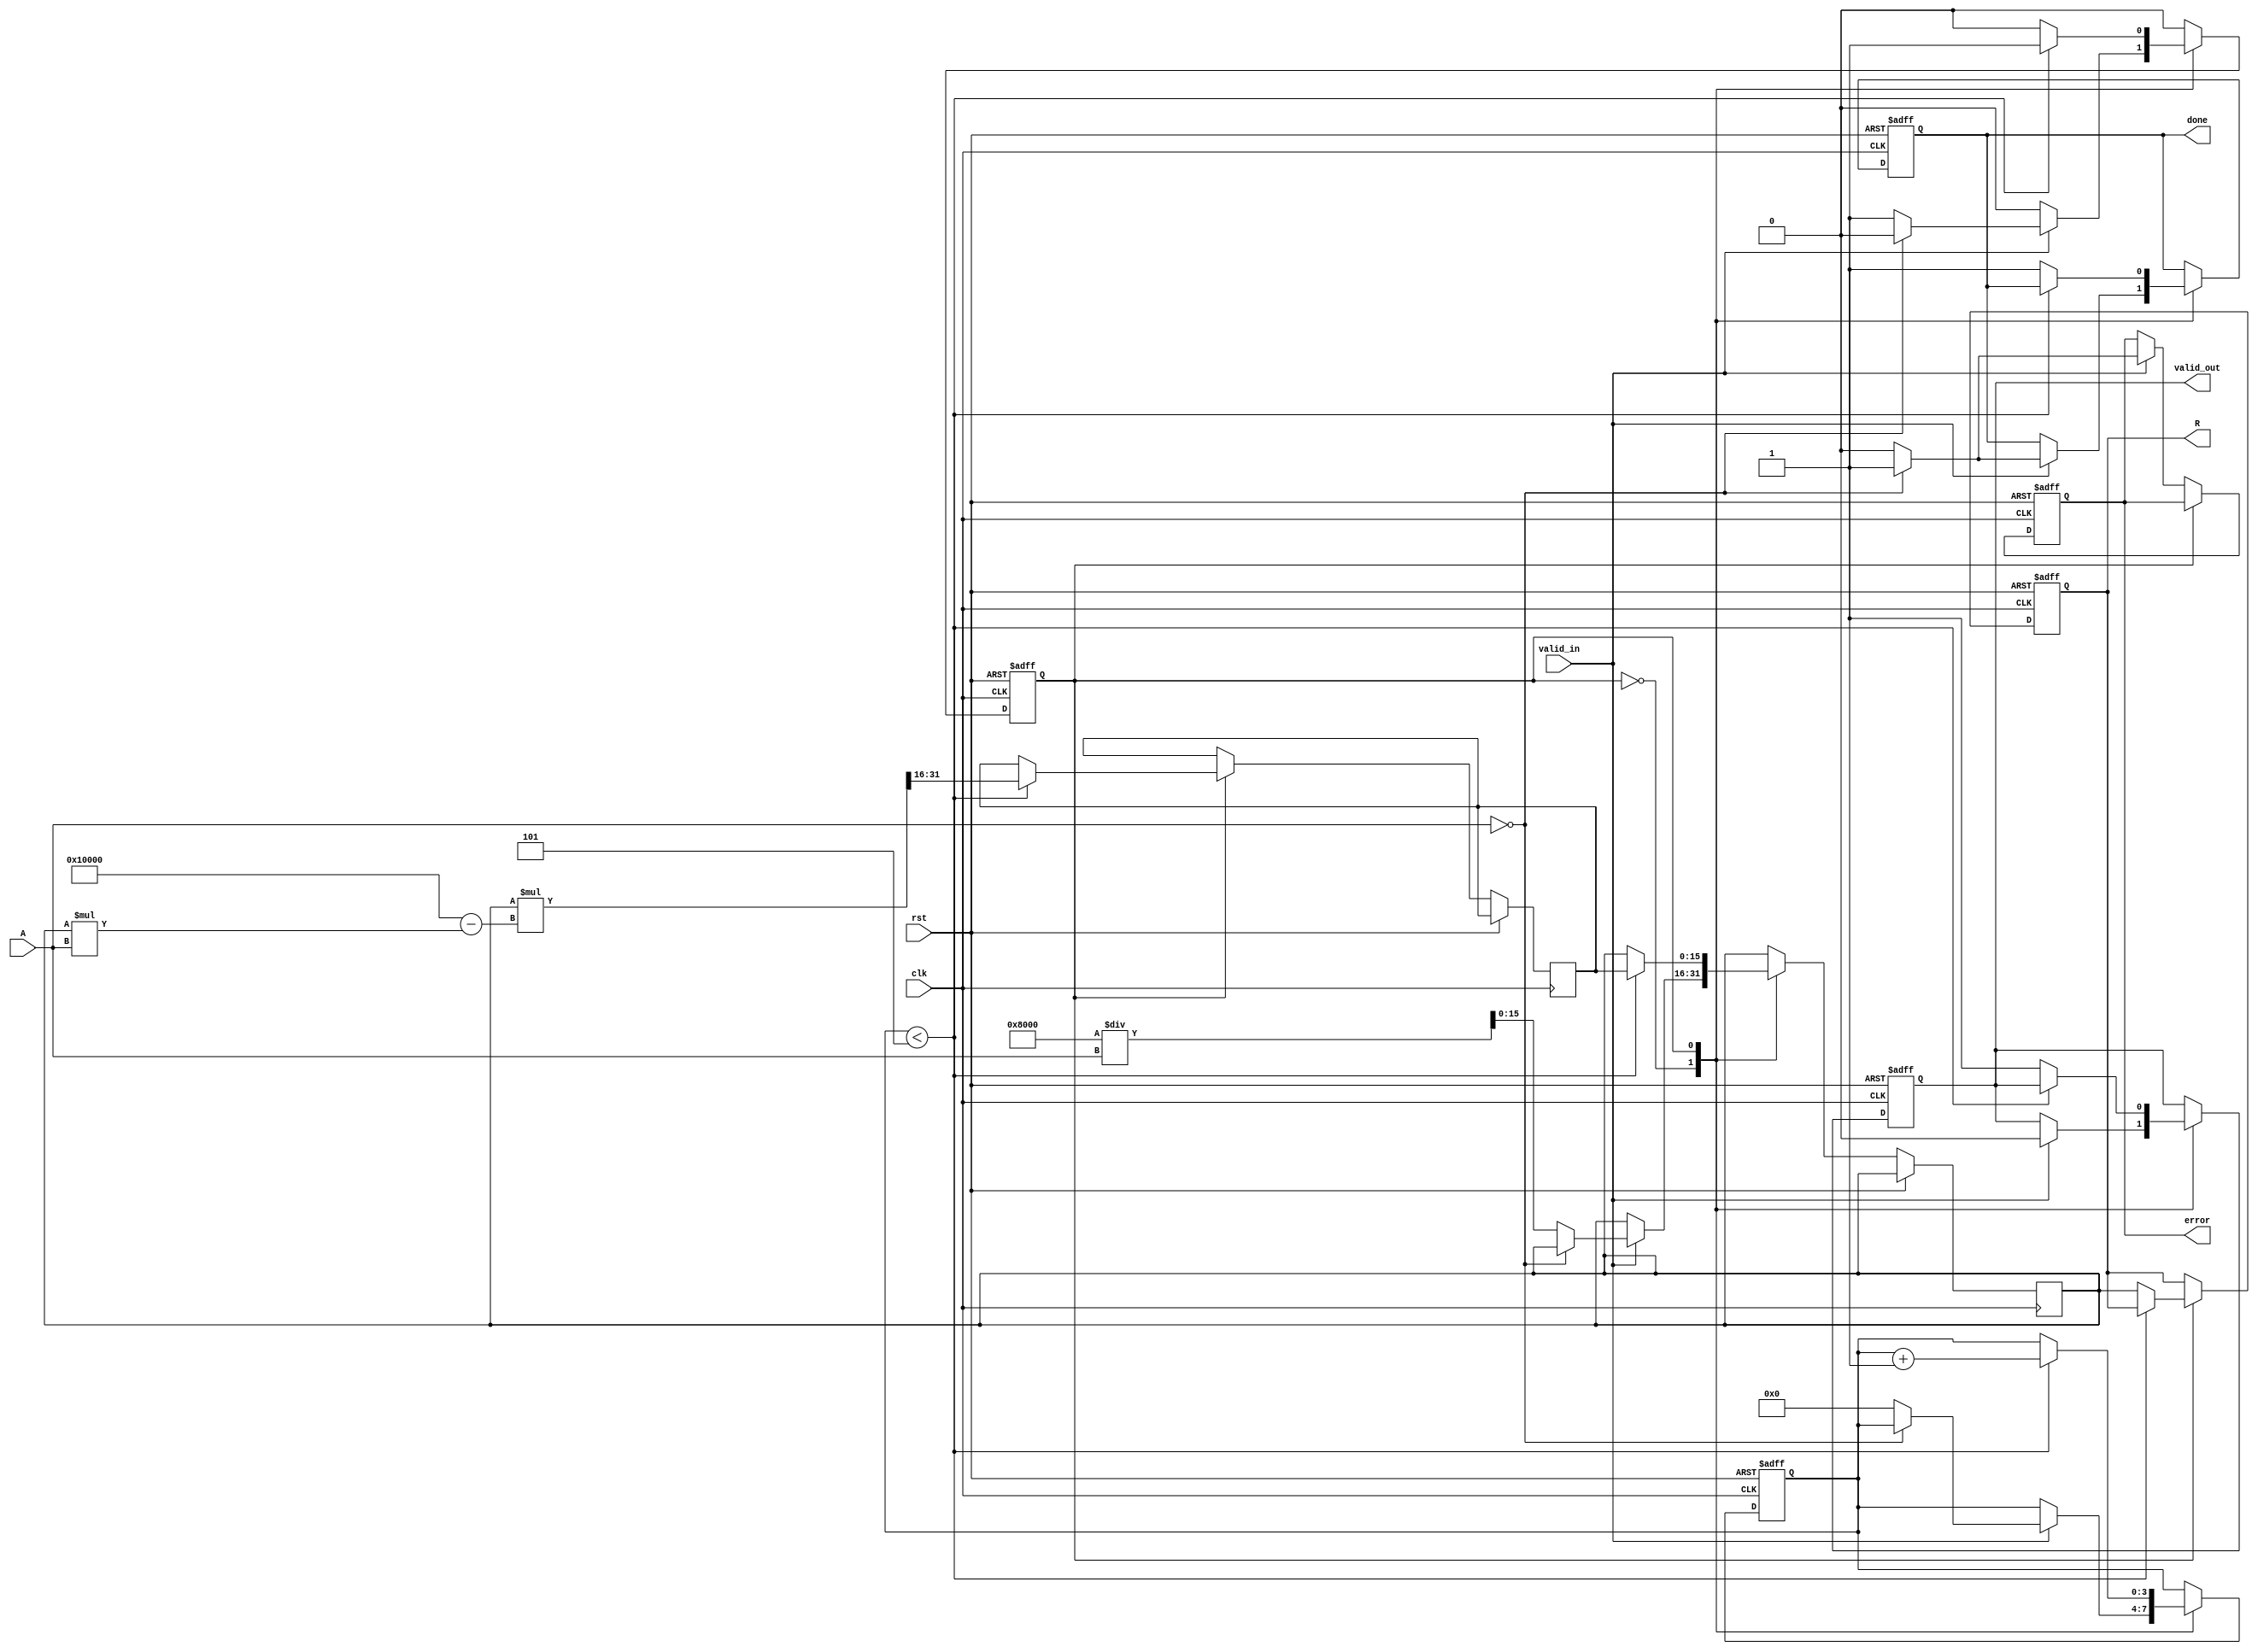
module IterativeReciprocal #(
    parameter N = 16,          // Number of bits for input and output
    parameter ITERATIONS = 5   // Number of iterations for refinement
)(
    input wire clk,            // Clock signal
    input wire rst,            // Reset signal
    input wire valid_in,       // Input valid signal
    input wire [N-1:0] A,      // Input value for which reciprocal is computed
    output reg [N-1:0] R,      // Output reciprocal
    output reg valid_out,       // Output valid signal
    output reg done,           // Done signal
    output reg error           // Error signal (e.g., division by zero)
);

    reg [N-1:0] x_n;           // Current estimate of reciprocal
    reg [N-1:0] x_n_next;      // Next estimate of reciprocal
    reg [3:0] iteration_count;  // Iteration counter
    reg state;                 // Current state of the FSM

    localparam IDLE = 1'b0, COMPUTE = 1'b1;

    always @(posedge clk or posedge rst) begin
        if (rst) begin
            R <= 0;
            valid_out <= 0;
            done <= 0;
            error <= 0;
            iteration_count <= 0;
            state <= IDLE;
        end else begin
            case (state)
                IDLE: begin
                    if (valid_in) begin
                        if (A == 0) begin
                            error <= 1; // Handle division by zero
                            done <= 1;
                            valid_out <= 0;
                        end else begin
                            error <= 0; // Clear error
                            x_n <= (1 << (N-1)) / A; // Initial estimate
                            iteration_count <= 0;
                            state <= COMPUTE;
                            done <= 0;
                            valid_out <= 0;
                        end
                    end
                end

                COMPUTE: begin
                    if (iteration_count < ITERATIONS) begin
                        // Update x_n using the iterative formula
                        x_n_next <= x_n * ((1 << N) - x_n * A) >> N; // x_{n+1} = x_n * (2 - x_n * A)
                        x_n <= x_n_next;
                        iteration_count <= iteration_count + 1;
                    end else begin
                        R <= x_n; // Final result
                        valid_out <= 1;
                        done <= 1;
                        state <= IDLE; // Go back to IDLE after computation
                    end
                end

                default: state <= IDLE; // Safety default state
            endcase
        end
    end

endmodule